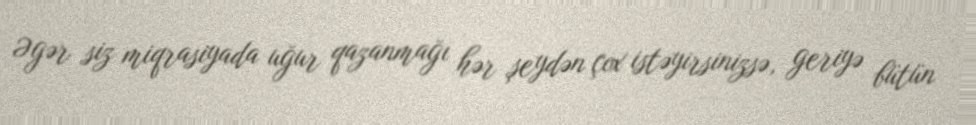
Əgər siz miqrasiyada uğur qazanmağı hər şeydən çox istəyirsinizsə, geriyə bütün